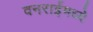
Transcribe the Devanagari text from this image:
वनराईमध्ये